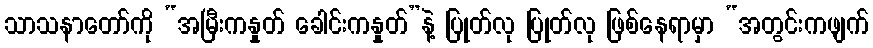
သာသနာတော်ကို “အမြီးကနှုတ် ခေါင်းကနှုတ်”နဲ့ ပြုတ်လု ပြုတ်လု ဖြစ်နေရာမှာ “အတွင်းကဖျက်